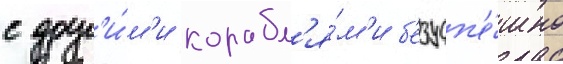
с друг'и́м'и корабл'я́м'и б'езусп'е́шно